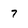
Character: 7